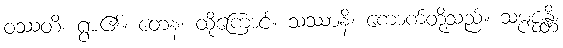
ဝဿတိ၊ ရွာ၏။ တေန၊ ထိုကြောင့်။ သဿာနိ၊ ကောက်တို့သည်။ သမ္ပဇ္ဇန္တိ၊